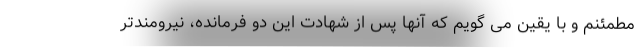
مطمئنم و با یقین می گویم که آنها پس از شهادت این دو فرمانده، نیرومندتر